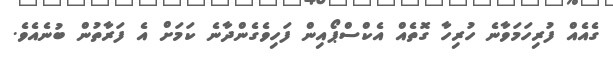
ގެއެއް ފުރިހަމަވާނެ ހުރިހާ ގޮތެއް އެކްސްޕޯއިން ފަހިވެގެންދާނެ ކަމަށް އެ ފަރާތުން ބުނެއެވެ.